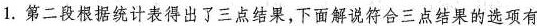
1.第二段根据统计表得出了三点结果，下面解说符合三点结果的选项有